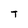
Character: T